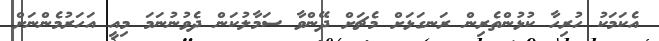
އެކަމަކު ހުރިހާ ކުޅުންތެރިން ރަނގަޅަށް މެޗަށް ދޭންވާ ސަމާލުކަން ދެވުނުނަމަ މިއީ އަހަރުމެންނަށް